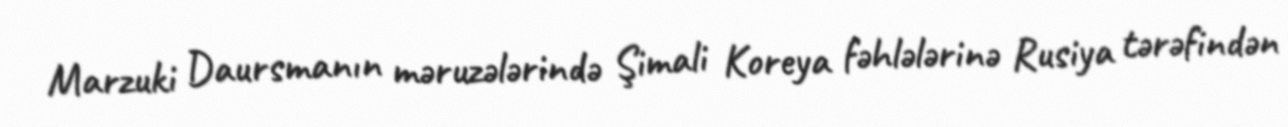
Marzuki Daursmanın məruzələrində Şimali Koreya fəhlələrinə Rusiya tərəfindən